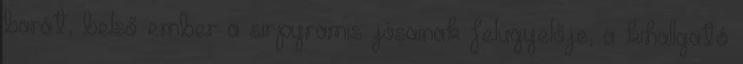
barát, belső ember a sirpyramis jósainak felügyelője, a kihallgató